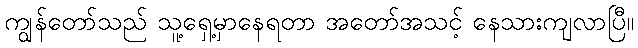
ကျွန်တော်သည် သူ့ရှေ့မှာနေရတာ အတော်အသင့် နေသားကျလာပြီ။